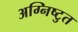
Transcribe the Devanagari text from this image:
अग्निष्टुत